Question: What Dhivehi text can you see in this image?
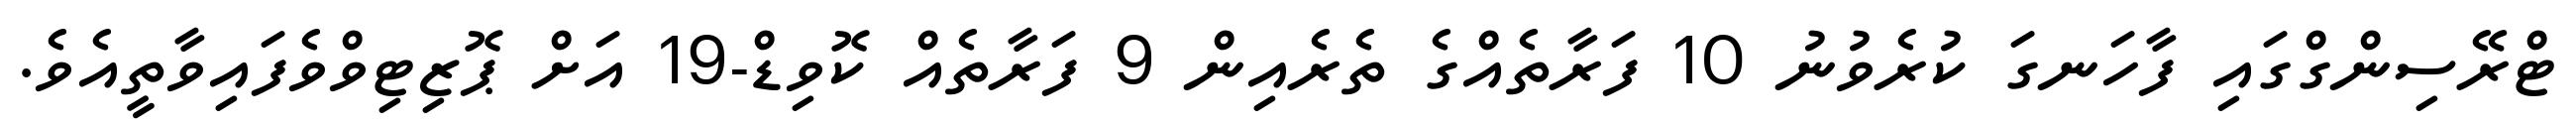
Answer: ޓްރޭސިންގްގައި ފާހަނގަ ކުރެވުނު 10 ފަރާތެއްގެ ތެރެއިން 9 ފަރާތެއް ކޮވިޑް-19 އަށް ޕޮޒިޓިވްވެފައިވާތީއެވެ.